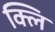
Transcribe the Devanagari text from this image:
क्लि